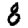
Digit: 8